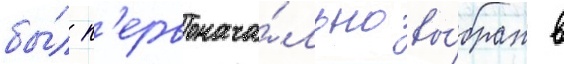
бы́л п'ервонача́льно вы́бран в